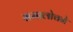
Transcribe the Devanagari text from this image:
समालोचने